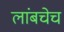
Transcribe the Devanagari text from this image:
लांबचेच